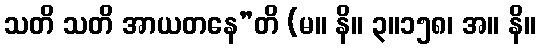
သတိ သတိ အာယတနေ”တိ (မ။ နိ။ ၃။၁၅၈၊ အ။ နိ။